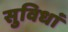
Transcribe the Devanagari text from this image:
सुविधां